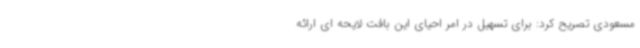
مسعودی تصریح کرد: برای تسهیل در امر احیای این بافت لایحه ای ارائه